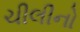
ચીલીનો